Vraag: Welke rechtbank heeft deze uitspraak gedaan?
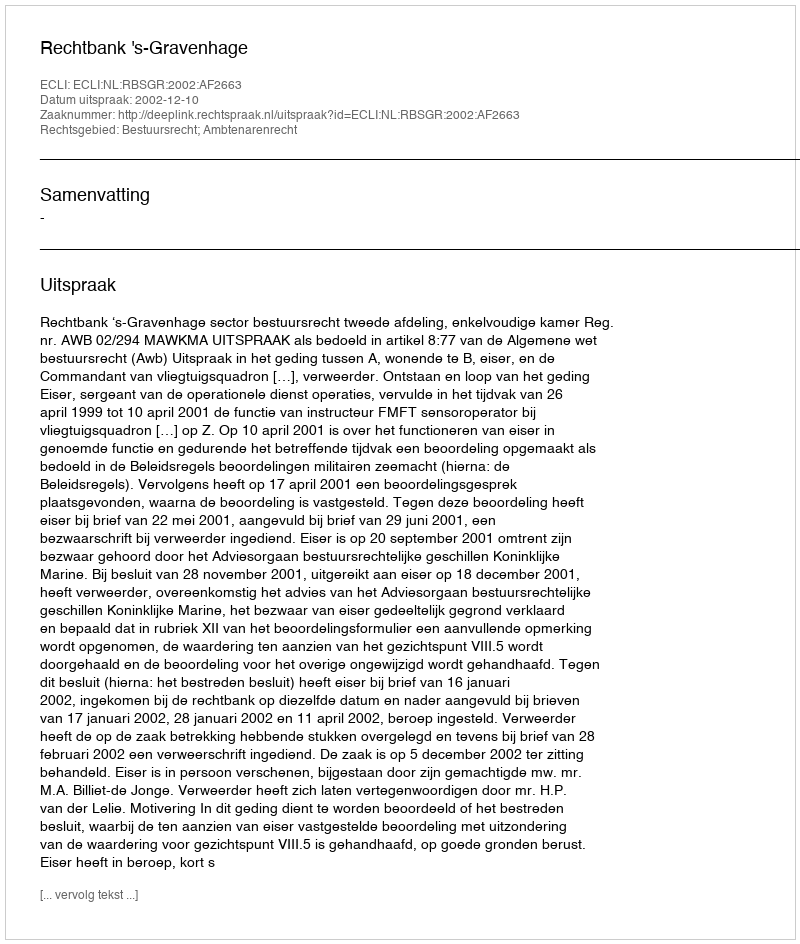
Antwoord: Rechtbank 's-Gravenhage